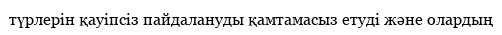
түрлерін қауіпсіз пайдалануды қамтамасыз етуді және олардың